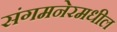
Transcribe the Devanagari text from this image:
संगमनेरमधील